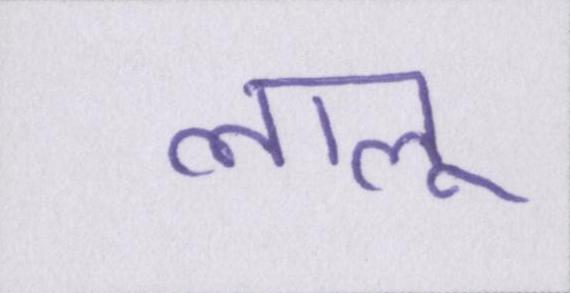
लालू